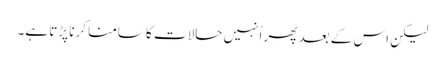
لیکن اس کے بعد پھر اُنہیں حالات کا سامنا کرنا پڑتا ہے۔